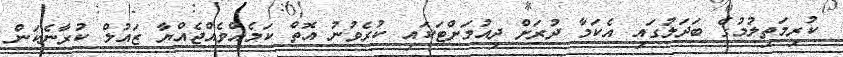
ކުރިމަތިލުމުގެ ބަދަލުގައި އެކަމާ ދުރަށް ދިއުމަށްޓަކައި ކުރެވުނު އޮތް ކަމެއްވެއްޖެއްޔާ ޒައުލް ކުރާނެކަން